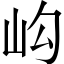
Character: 𡵺